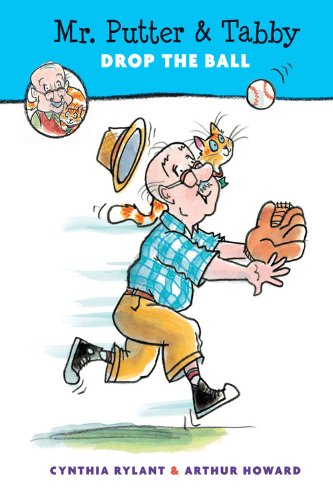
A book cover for Mr. Putter & Tabby Drop the Ball; Cynthia Rylant; Children's Books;